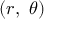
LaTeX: ( r , \ \theta )